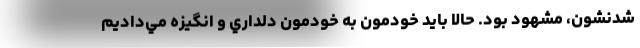
شدنشون، مشهود بود. حالا بايد خودمون به خودمون دلداري و انگيزه مي‌داديم